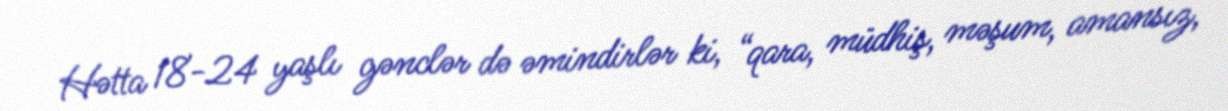
Hətta 18-24 yaşlı gənclər də əmindirlər ki, “qara, müdhiş, məşum, amansız,